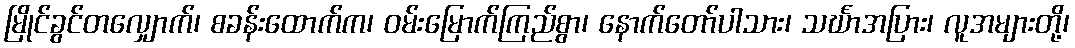
မြိုင်ခွင်တလျှောက်၊ စခန်းထောက်က၊ ဝမ်းမြောက်ကြည်စွာ၊ နောက်တော်ပါသား၊ သင်္ဃာအပြား၊ လူအများတို့၊